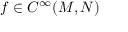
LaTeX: f \in C ^ { \infty } ( M , N )